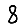
Digit: 8